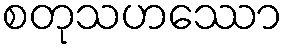
စတုသဟဿော